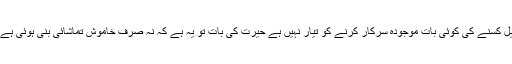
میڈیا میں مسلسل آنے والی ایسی خبروں اور بیانات کے باوجود ان پر نکیل کسنے کی کوئی بات موجودہ سرکار کرنے کو تیار نہیں ہے حیرت کی بات تو یہ ہے کہ نہ صرف خاموش تماشائی بنی ہوئی ہے بلکہ سرکار کے اہم ذمہ داران بھی اب اس صف میں شامل ہو گئے ہیں۔